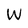
Character: W